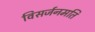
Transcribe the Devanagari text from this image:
विसर्जनमति